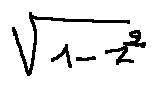
\sqrt { 1 - z ^ { 2 } }